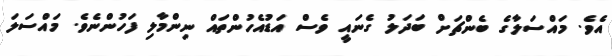
އެވެ. މައްސަލާގެ ބެންޗަށް ބަދަލު ގެނައީ ވެސް އަޑުއެހުންތައް ނިންމާލި ފަހުންނެވެ. މައްސަލަ